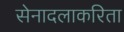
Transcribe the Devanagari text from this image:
सेनादलाकरिता